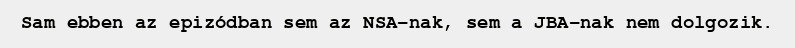
Sam ebben az epizódban sem az NSA-nak, sem a JBA-nak nem dolgozik.